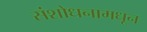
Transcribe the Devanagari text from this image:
संशोधनामधून